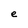
Character: e